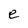
Character: e